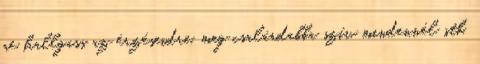
ne hallgass az érzéseidre, meg csalárdabba szív mindennél stb,